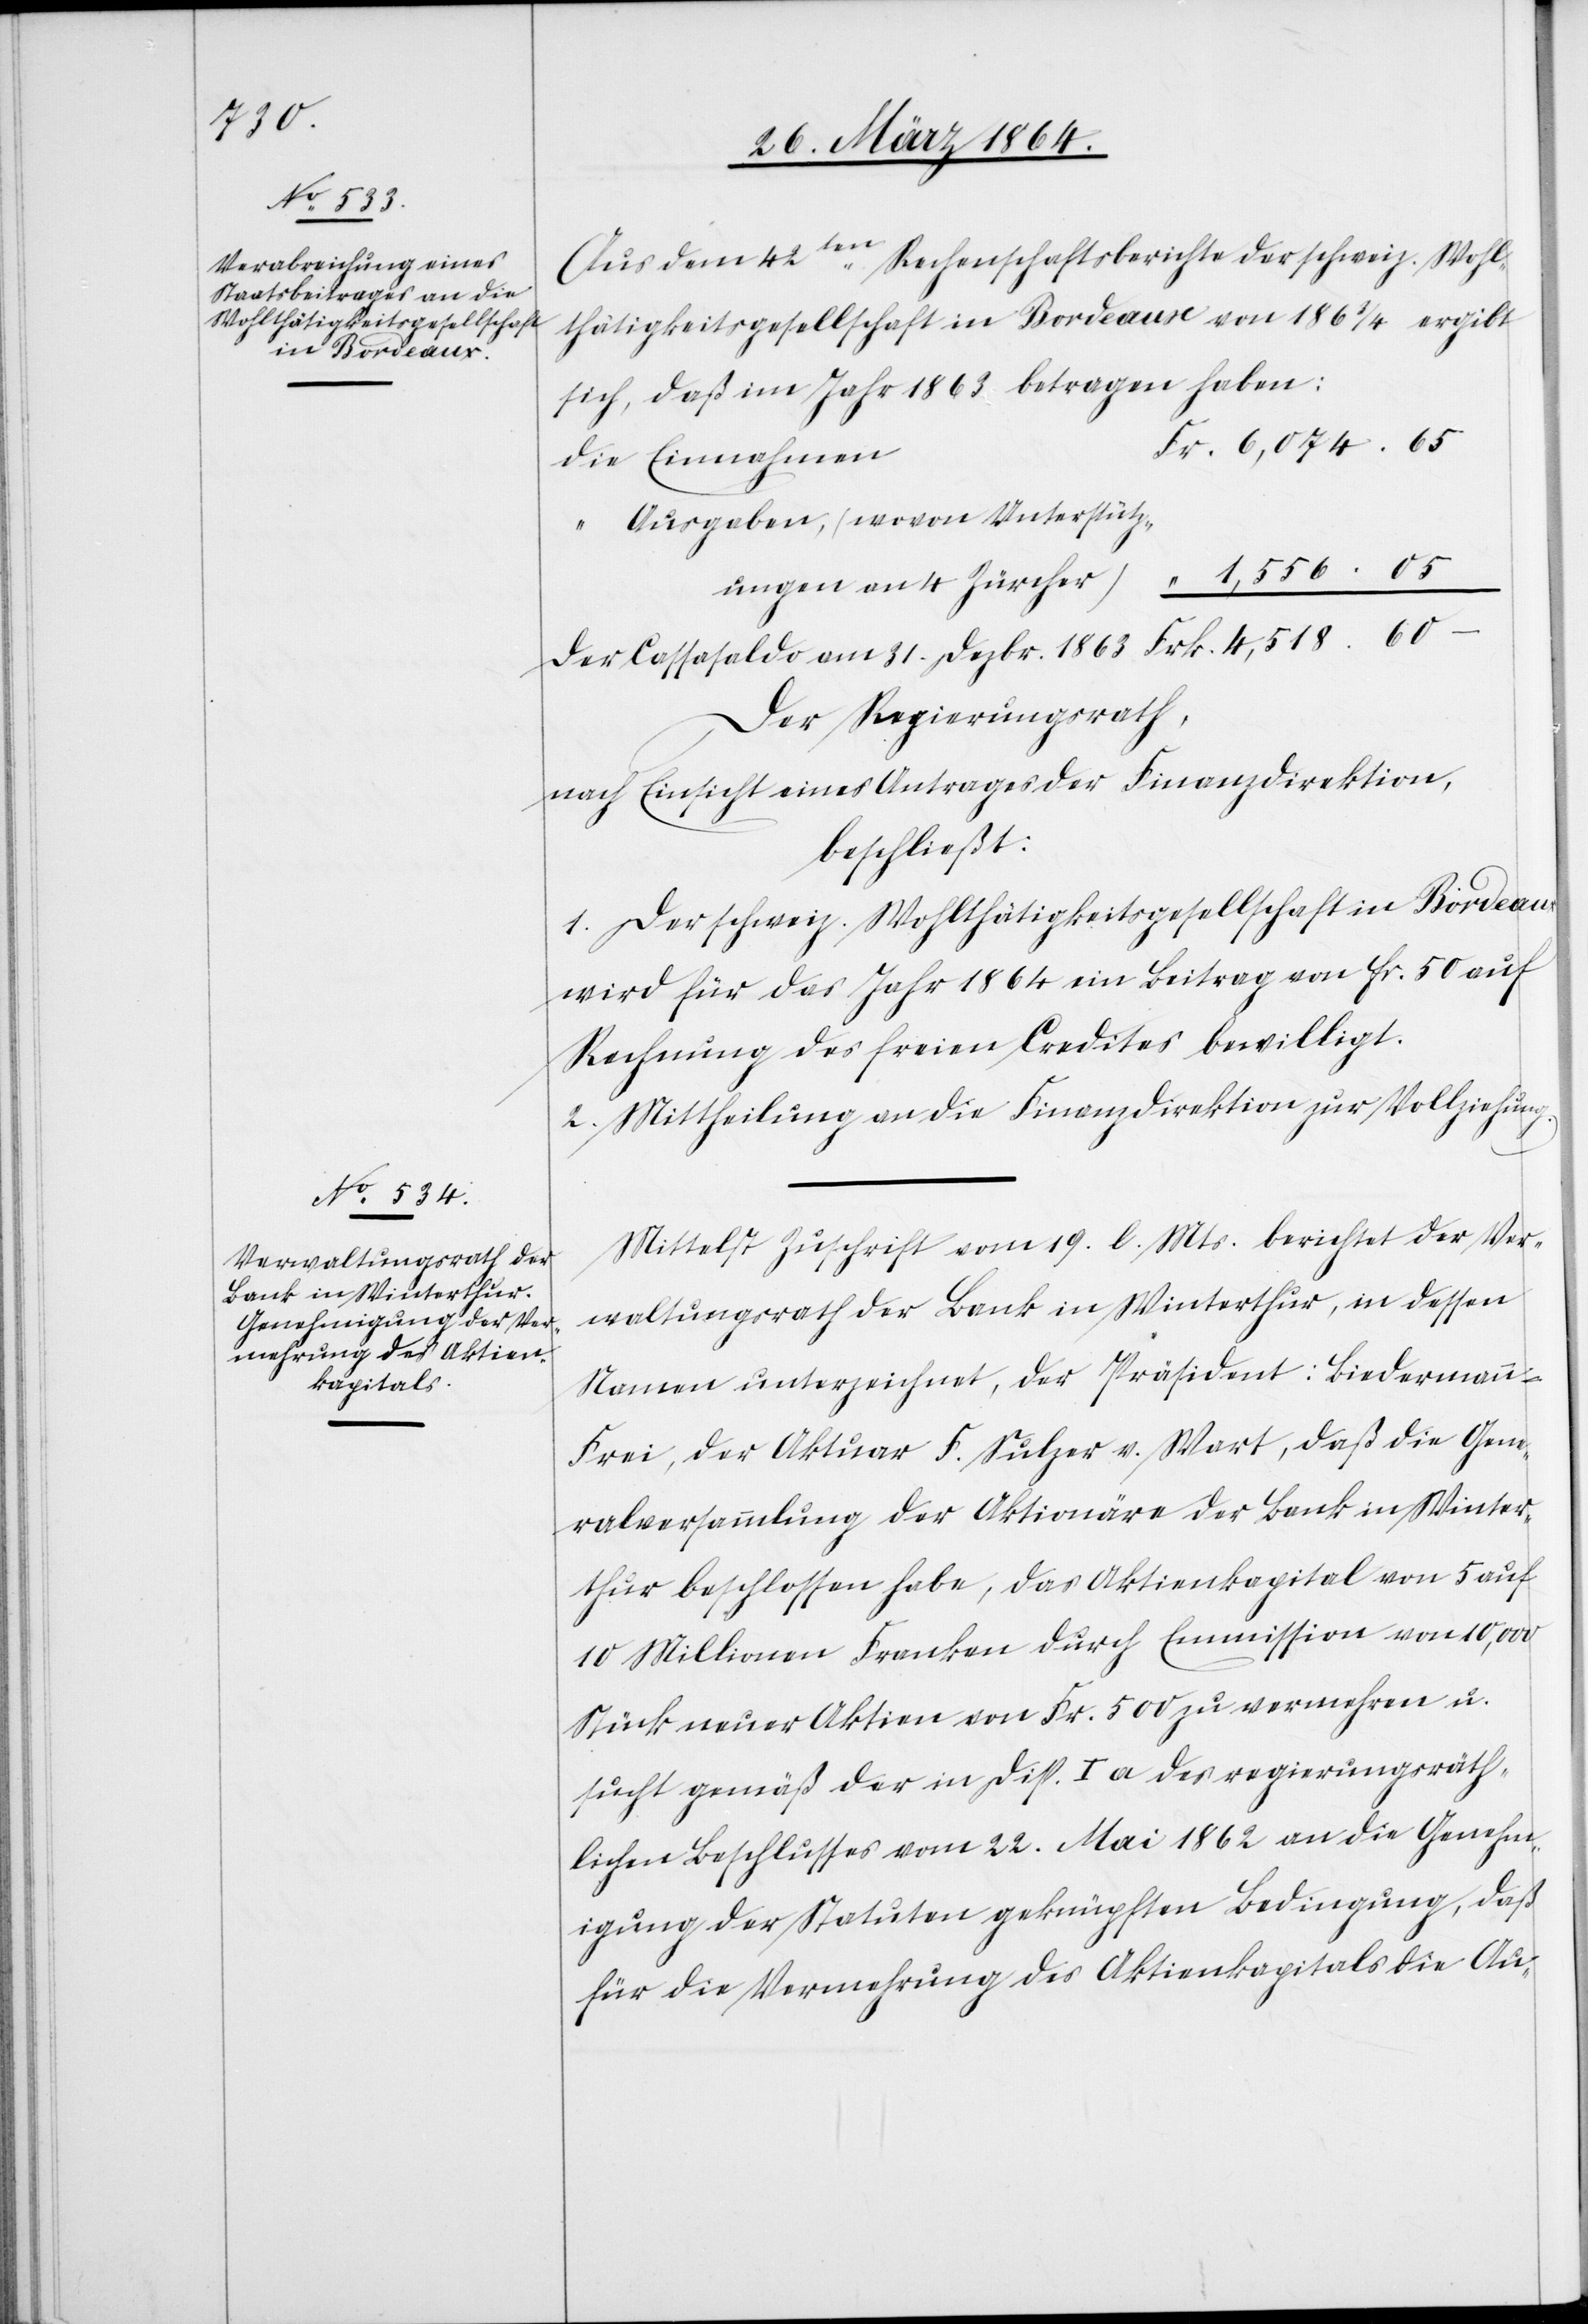
stütz¬

Aus dem 42ten Rechenschaftsberichte der schweiz. Wohl¬
thätigkeitsgesellschaft in Bordeaux von 1863/4 ergibt
sich, daß im Jahr 1863 betragen haben:
“ Ausgaben, (wovon Unter-
ungen an 4 Zürcher)
Der Cassasaldo am 31. Dezbr. 1863	Frk. 4,518.60 –
Der Regierungsrath,
nach Einsicht eines Antrages der Finanzdirektion,
beschließt:
1. Der schweiz. Wohlthätigkeitsgesellschaft in Bordeaux
wird für das Jahr 1864 ein Beitrag von Fr. 50 auf
Rechnung des freien Credites bewilligt.
2. Mittheilung an die Finanzdirektion zur Vollziehung.
Mittelst Zuschrift vom 19. l. Mts. berichtet der Ver¬
waltungsrath der Bank in Winterthur, in dessen
Namen unterzeichnet, der Präsident: Biedermann-F¬
rei, der Aktuar F. Sulzer v. Wart, daß die Gene¬
ralversammlung der Aktionäre der Bank in Winter¬
thur beschlossen habe, das Aktienkapital von 5 auf
10 Millionen Franken durch Emmission von 10,000
Stück neuer Aktien von Fr. 500 zu vermehren u.
sucht gemäß der in Disp. I a des regierungsräth¬
lichen Beschlusses vom 22. Mai 1862 an die Genehm¬
igung der Statuten geknüpften Bedingung, daß
für die Vermehrung des Aktienkapitals die Au-